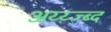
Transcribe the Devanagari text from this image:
अय्य्ज्ब्द